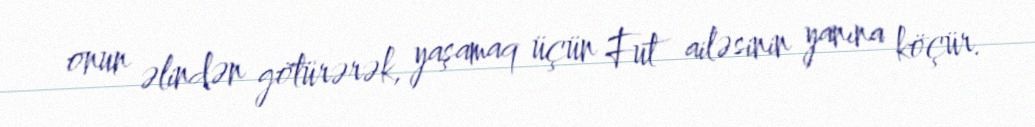
onun əlindən götürərək, yaşamaq üçün Fut ailəsinin yanına köçür.